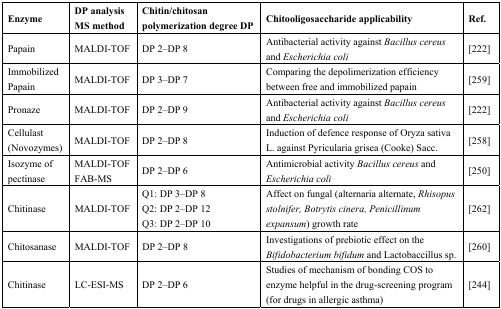
| Enzyme | DP analysis MS method | Chitin/chitosan polymerization degree DP | Chitooligosaccharide applicability | Ref. |
 | --- | --- | --- | --- | --- |
 | Papain | MALDI-TOF | DP 2–DP 8 | Antibacterial activity against Bacillus cereus and Escherichia coli | [222] |
 | Immobilized Papain | MALDI-TOF | DP 3–DP 7 | Comparing the depolimerization efficiency between free and immobilized papain | [259] |
 | Pronaze | MALDI-TOF | DP 2–DP 9 | Antibacterial activity against Bacillus cereus and Escherichia coli | [222] |
 | Cellulast (Novozymes) | MALDI-TOF | DP 2–DP 8 | Induction of defence response of Oryza sativa L. against Pyricularia grisea (Cooke) Sacc. | [258] |
 | Isozyme of pectinase | MALDI-TOF FAB-MS | DP 2–DP 6 | Antimicrobial activity Bacillus cereus and Escherichia coli | [250] |
 | Chitinase | MALDI-TOF | Q1: DP 3–DP 8Q2: DP 2–DP 12Q3: DP 2–DP 10 | Affect on fungal (alternaria alternate, Rhisopus stolnifer, Botrytis cinera, Penicillinum expansum) growth rate | [262] |
 | Chitosanase | MALDI-TOF | DP 2–DP 8 | Investigations of prebiotic effect on the Bifidobacterium bifidum and Lactobaccillus sp. | [260] |
 | Chitinase | LC-ESI-MS | DP 2–DP 6 | Studies of mechanism of bonding COS to enzyme helpful in the drug-screening program (for drugs in allergic asthma) | [244] |